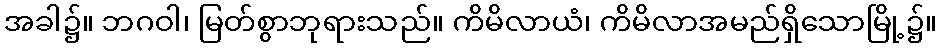
အခါ၌။ ဘဂဝါ၊ မြတ်စွာဘုရားသည်။ ကိမိလာယံ၊ ကိမိလာအမည်ရှိသောမြို့၌။